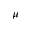
\mu